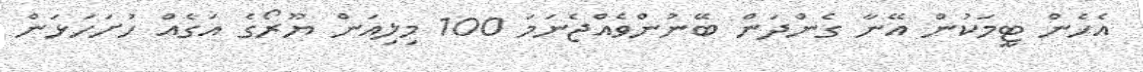
އެހެން ޓީމަކުން އޭނާ ގެންދަން ބޭނުންވެއްޖެނަމަ 100 މިލިއަން ޔޫރޯގެ އަގެއް ހުށަހަޅަން